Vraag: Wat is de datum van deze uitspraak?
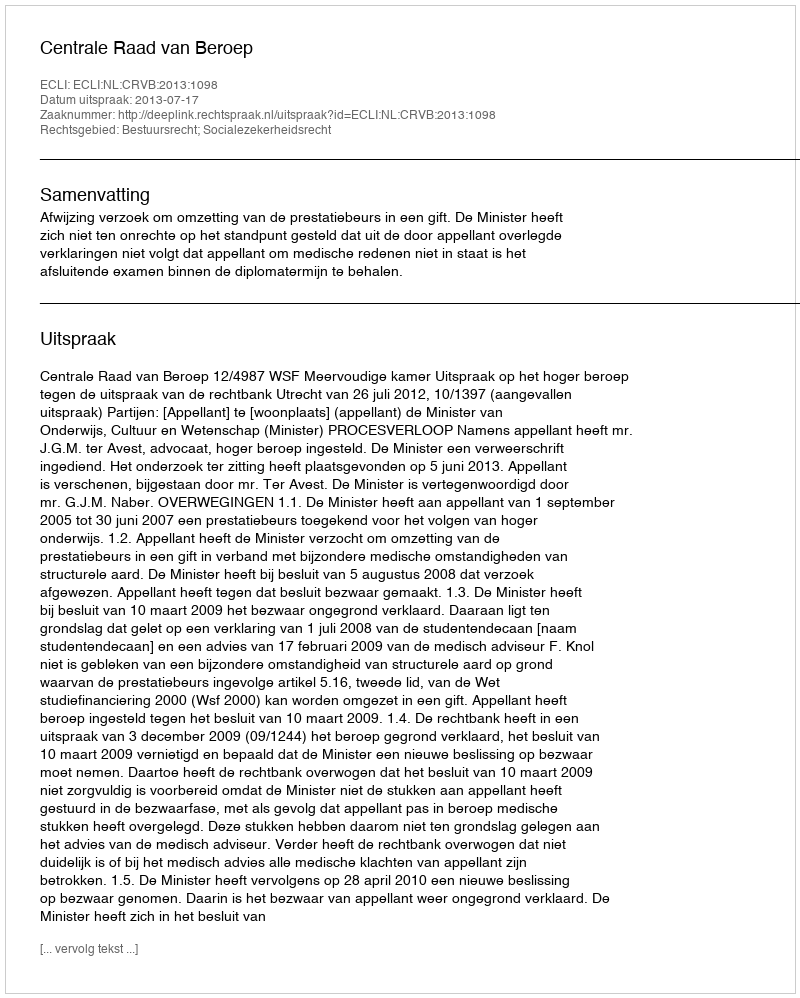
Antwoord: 2013-07-17